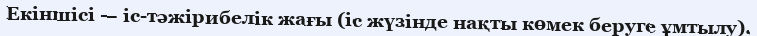
Екіншісі — іс-тәжірибелік жағы (іс жүзінде нақты көмек беруге ұмтылу).